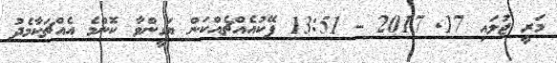
މަރީީ ޖުލައި 17